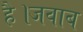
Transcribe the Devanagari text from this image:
है।जवाब